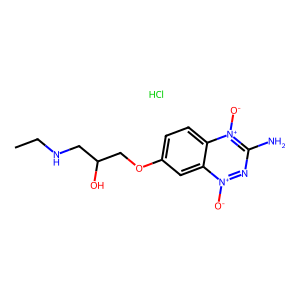
SMILES: CCNCC(O)COc1ccc2c(c1)[n+]([O-])nc(N)[n+]2[O-].Cl
Inhibits HIV replication: No